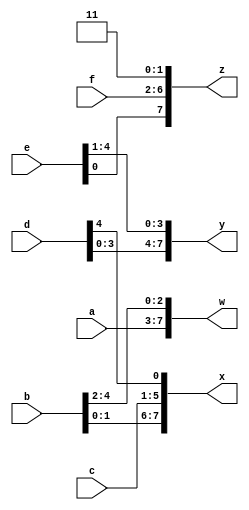
module top_module (
    input [4:0] a, b, c, d, e, f,
    output [7:0] w, x, y, z );//

    assign {w,x,y,z} = {a,b,c,d,e,f,1'b1,1'b1};

endmodule